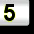
Digit: 5